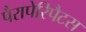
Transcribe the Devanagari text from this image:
पैरापेरिपैटस